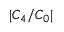
| C _ { 4 } / C _ { 0 } |